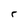
Character: r